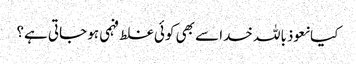
کیا نعوذباللہ خدا سے بھی کوئی غلط فہمی ہو جاتی ہے؟